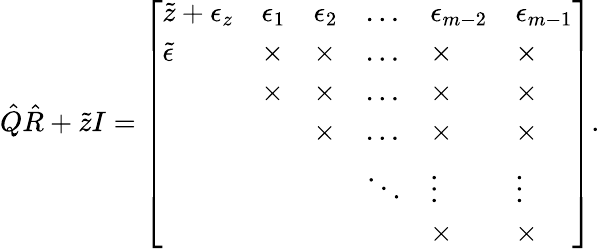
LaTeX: \hat{Q}\hat{R}+\tilde{z}I=\left[\begin{array}{llllll}{\tilde{z}+\epsilon_{z}}&{{\epsilon}_{1}}&{{\epsilon}_{2}}&{\dots}&{{\epsilon}_{m-2}}&{{\epsilon}_{m-1}}\\ {\tilde{\epsilon}}&{\times}&{\times}&{\dots}&{\times}&{\times}\\ &{\times}&{\times}&{\dots}&{\times}&{\times}\\ &&{\times}&{\dots}&{\times}&{\times}\\ &&&{\ddots}&{\vdots}&{\vdots}\\ &&&&{\times}&{\times}\end{array}\right].